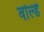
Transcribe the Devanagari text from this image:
वोर्ल्ड